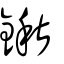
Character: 鍬